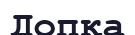
Допқа